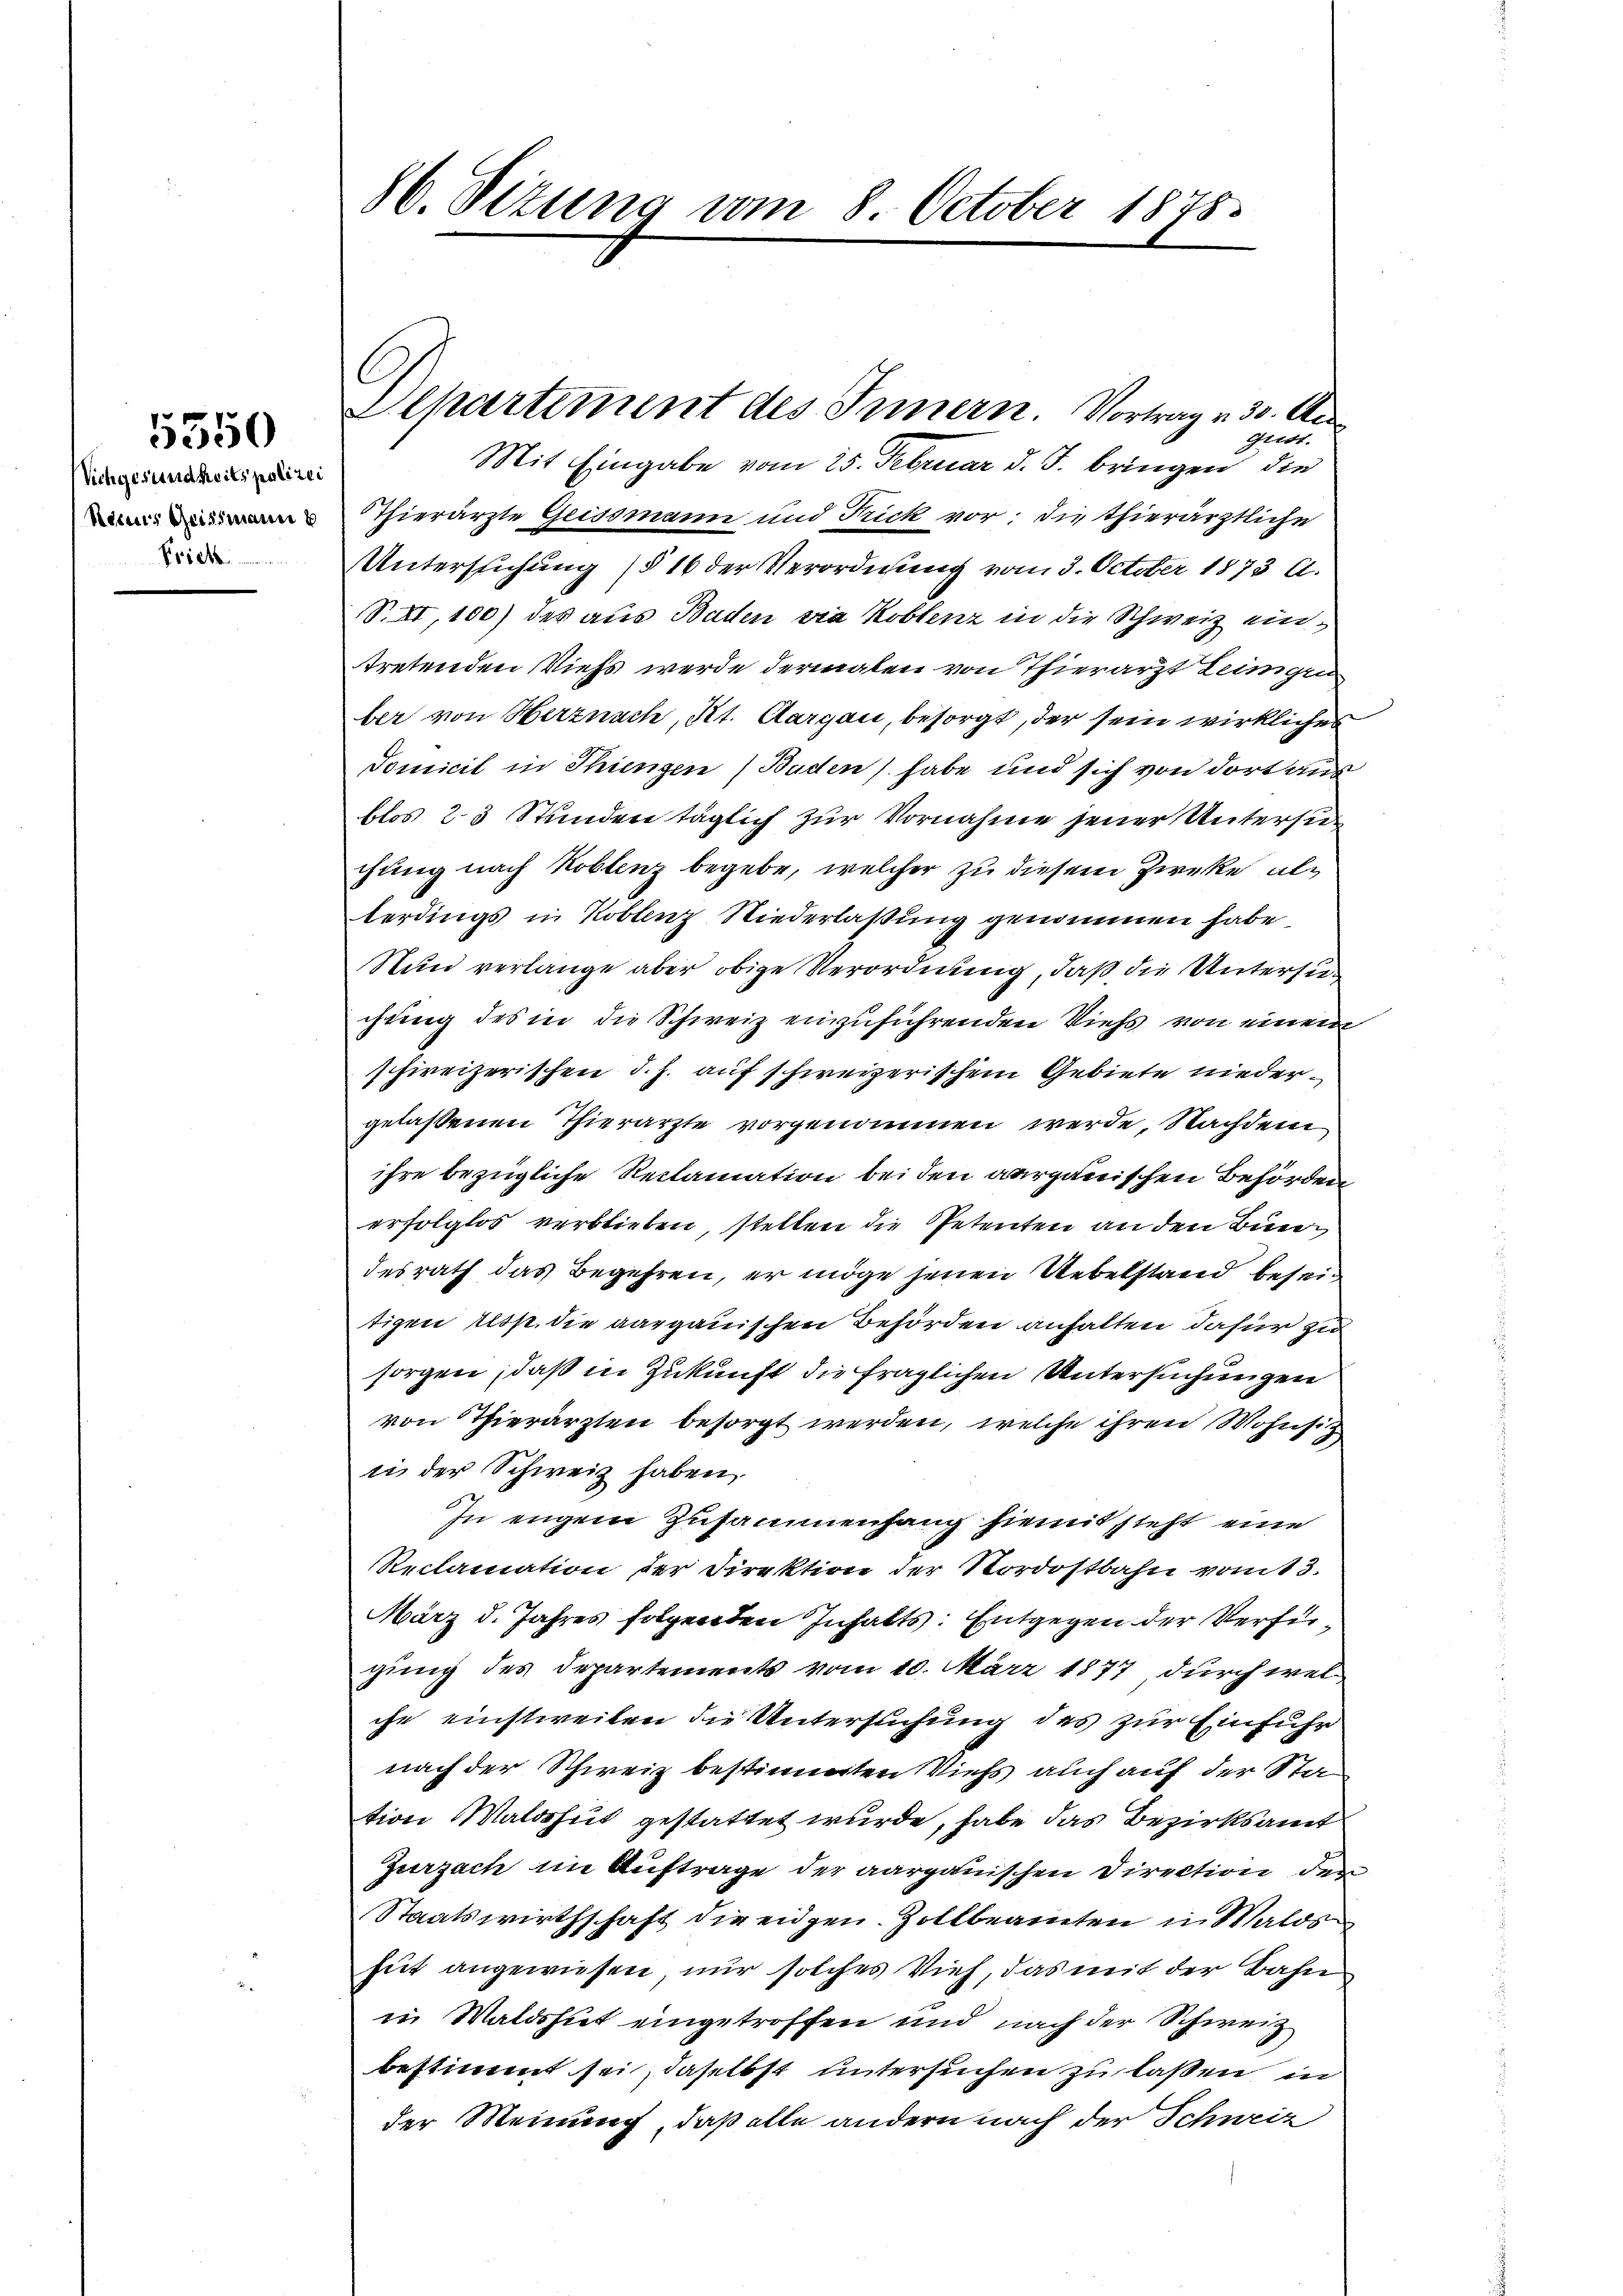
Vichgesundheits polizei
Recurs Geissmann b
Prich.

5550

86. Sitzung vom 8. October 1875.

Departement des Innern. Vortrag v. 30. Au¬

grist.
Mit Eingabe vom 25. Februar d. J. bringen die
Thierärzte Geissmann und Frick vor; die Thierärztliche
Untersuchung (§ 16 der Verordnung vom 3. October 1873 A.
S. XI,100) des aus Baden sia Koblenz in die Schweiz eintretenden Viehs werde dermalen von Thierarzt Leingen
ber von Matnach, Kt. Aargau, besorgt, der sein wirkliches
Tomicil in Thiengen (Baden) habe und sich von dort aus
blos 23 Stunden täglich zur Vornahme jener Untersuchung nach Koblenz begebe, welcher zu diesem Zwecke alberdings in Koblenz Niederlaßung genommen habe
Nun verlange aber obige Verordnung, daß die Untersuchung des in die Schweiz einzuführenden Viehs von einem
schweizerischen d. h. auf schweizerischem Gebiete niedergelassenen Thierarzte vorgenommen werde, Nachdem
ihre bezügliche Reclamation bei den aargauischen Behörden
erfolglos verblieben, stellen die Petenten an den Bundesrath das Begehren, er möge jenen Uebelstand beseitigen resp. die aargauischen Behörden anhalten dafür zu
sorgen, daß in Zukunft die fraglichen Untersuchungen
von Thierärzten besorgt werden, welche ihren Wohnsitz
in der Schweiz haben.
In eigem Zusammenhang hiemit steht eine
Reclamation der Direktion der Nordostbahn vom 3.
März d. Jahres folgenden Inhalts: Entgegen der Verfü
gung des Departements vom 10. März 1877 durch wel
ihr einstweilen die Untersuchung des zur Einfuhr
nach der Schweiz bestimmten Viehs auch auf der Station Waldshut gestattet wurde, habe das Bezirksamt
Zurzach im Auftrage der aargauischen Direction der
Staatswirthschaft die eidgen. Zollbeamten in Walds
hut angewiesen nur solches Vieh, das mit der Bahn
in Waldshut eingetroffen und nach der Schweiz
bestimmt sei, daselbst untersuchen zu laßen in
der Meinung, daß alle andern nach der Schweiz